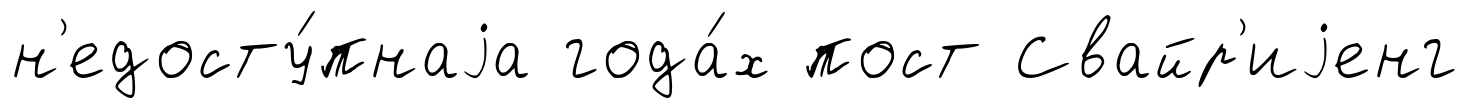
н'едосту́пнаjа года́х пост Свайр'иjенг